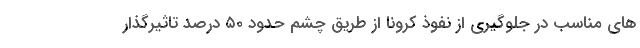
های مناسب در جلوگیری از نفوذ کرونا از طریق چشم حدود ۵۰ درصد تاثیرگذار